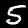
Digit: 5